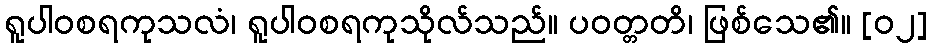
ရူပါဝစရကုသလံ၊ ရူပါဝစရကုသိုလ်သည်။ ပဝတ္တတိ၊ ဖြစ်သေ၏။ [၀၂]